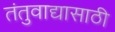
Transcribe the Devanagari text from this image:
तंतुवाद्यासाठी